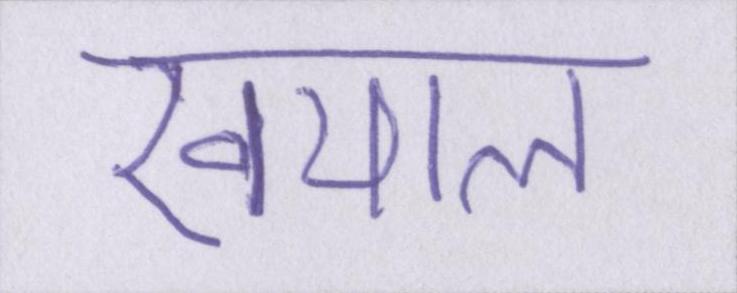
खयाल